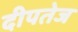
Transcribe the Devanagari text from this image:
दीपतेज